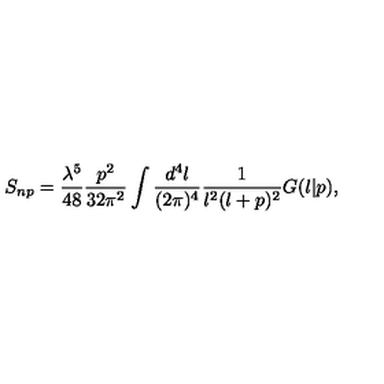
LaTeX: S _ { n p } = \frac { \lambda ^ { 5 } } { 4 8 } \frac { p ^ { 2 } } { 3 2 \pi ^ { 2 } } \int \frac { d ^ { 4 } l } { ( 2 \pi ) ^ { 4 } } \frac { 1 } { l ^ { 2 } ( l + p ) ^ { 2 } } G ( l | p ) ,